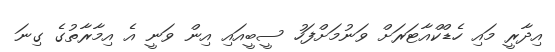
އިދާރީ މައި ހެޑްކްއާޓަރަށް ވަނުމަށްފަހު ސީބީއައި އިން ވަނީ އެ އިމާރާތުގެ ގިނަ